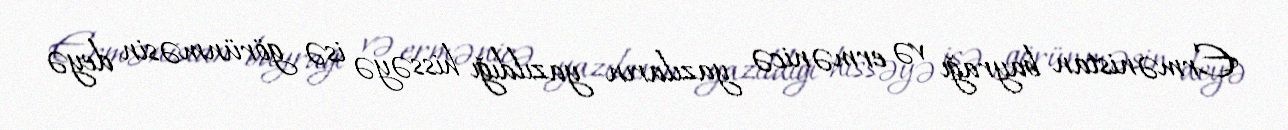
Ermənistan bayrağı və ermənicə yazıların yazıldığı hissəyə isə görünməsin deyə